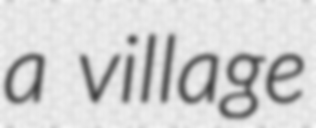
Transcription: a village